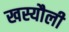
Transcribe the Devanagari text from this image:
खस्यौली